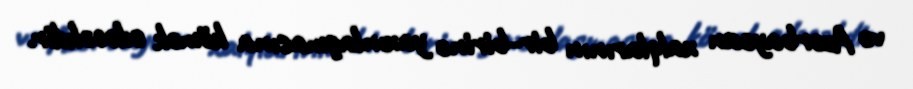
və Azərbaycan xalqlarının bir-birinə yaxınlaşmasına kömək edəcəkdir.